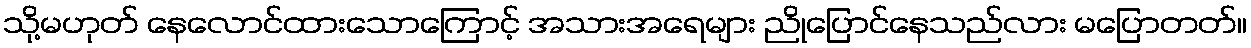
သို့မဟုတ် နေလောင်ထားသောကြောင့် အသားအရေများ ညိုပြောင်နေသည်လား မပြောတတ်။